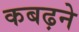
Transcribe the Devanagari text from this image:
कबढ़ने